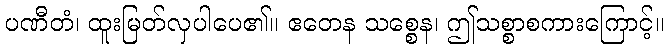
ပဏီတံ၊ ထူးမြတ်လှပါပေ၏။ ဧတေန သစ္စေန၊ ဤသစ္စာစကားကြောင့်။